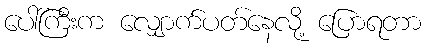
ပေါ်ကြီးက လျှောက်ပတ်နေလို့ ပြောရတာ